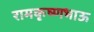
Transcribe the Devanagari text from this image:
रामकृष्णभाऊ